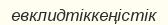
евклидтіккеңістік